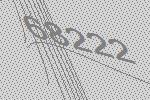
68222